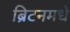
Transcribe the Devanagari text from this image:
ब्रिटनमधे